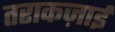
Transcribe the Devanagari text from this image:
तराकज़ाई